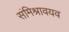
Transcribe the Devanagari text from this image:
संमिश्रावयव